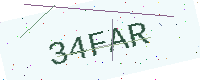
Text: 34FAR